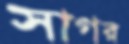
সাগর